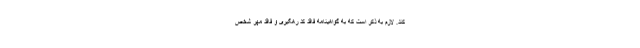
کند. لازم به ذکر است که به گواهینامه فاقد کد رهگیری و فاقد مُهر شخص